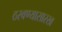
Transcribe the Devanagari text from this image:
ठरवण्यासारख